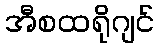
အီစထရိုဂျင်